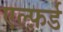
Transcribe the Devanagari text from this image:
एल्फ़र्ड